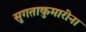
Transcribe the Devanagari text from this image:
सुगताकुमारींना